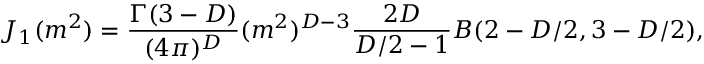
J _ { 1 } ( m ^ { 2 } ) = \frac { \Gamma ( 3 - D ) } { ( 4 \pi ) ^ { D } } ( m ^ { 2 } ) ^ { D - 3 } \frac { 2 D } { D / 2 - 1 } B ( 2 - D / 2 , 3 - D / 2 ) ,